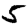
Digit: 5